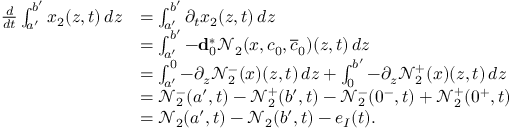
\begin{array} { r l } { \frac { d } { d t } \int _ { a ^ { \prime } } ^ { b ^ { \prime } } x _ { 2 } ( z , t ) \, d z } & { = \int _ { a ^ { \prime } } ^ { b ^ { \prime } } \partial _ { t } x _ { 2 } ( z , t ) \, d z } \\ & { = \int _ { a ^ { \prime } } ^ { b ^ { \prime } } - \mathbf { d } _ { 0 } ^ { \ast } \mathcal { N } _ { 2 } ( x , c _ { 0 } , \overline { { c } } _ { 0 } ) ( z , t ) \, d z } \\ & { = \int _ { a ^ { \prime } } ^ { 0 } - \partial _ { z } \mathcal { N } _ { 2 } ^ { - } ( x ) ( z , t ) \, d z + \int _ { 0 } ^ { b ^ { \prime } } - \partial _ { z } \mathcal { N } _ { 2 } ^ { + } ( x ) ( z , t ) \, d z } \\ & { = \mathcal { N } _ { 2 } ^ { - } ( a ^ { \prime } , t ) - \mathcal { N } _ { 2 } ^ { + } ( b ^ { \prime } , t ) - \mathcal { N } _ { 2 } ^ { - } ( 0 ^ { - } , t ) + \mathcal { N } _ { 2 } ^ { + } ( 0 ^ { + } , t ) } \\ & { = \mathcal { N } _ { 2 } ( a ^ { \prime } , t ) - \mathcal { N } _ { 2 } ( b ^ { \prime } , t ) - e _ { I } ( t ) . } \end{array}